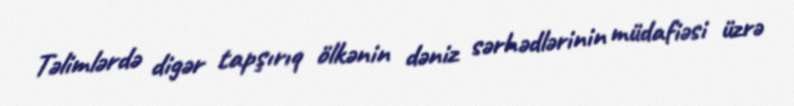
Təlimlərdə digər tapşırıq ölkənin dəniz sərhədlərinin müdafiəsi üzrə